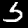
Label: 5